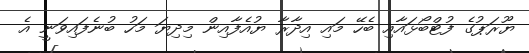
ޔޫރަޕުގެ ފުޓްބޯޅައާއި ބެހޭ މައި އިދާރާ ޔުއެފާއިން މިދިޔަ މަހު ބުނެފައިވަނީ އެ